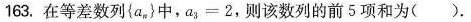
163.在等差数列{a}_{a}中，a_{3}=2，则该数列的前5项和为( )。